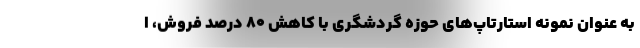
به عنوان نمونه استارتاپ‌های حوزه گردشگری با کاهش ۸۰ درصد فروش‌، ا